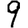
Digit: 9